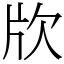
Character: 㸝